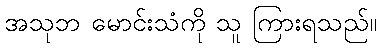
အသုဘ မောင်းသံကို သူ ကြားရသည်။